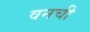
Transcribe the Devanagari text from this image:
वनची